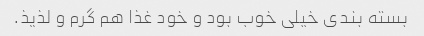
بسته بندی خیلی خوب بود و خود غذا هم گرم و لذیذ.